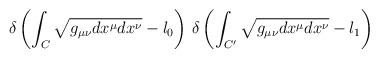
LaTeX: \begin{align*}\delta\left(\int_C\sqrt{g_{\mu\nu}dx^\mu dx^\nu}-l_0\right)\, \delta\left(\int_{C'}\sqrt{g_{\mu\nu}dx^\mu dx^\nu}-l_1\right)\end{align*}